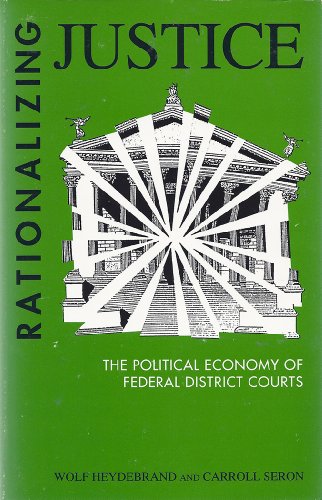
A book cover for Rationalizing Justice: The Political Economy of Federal Courts (Suny Series in the Sociology of Work); Wolf Heydebrand; Law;